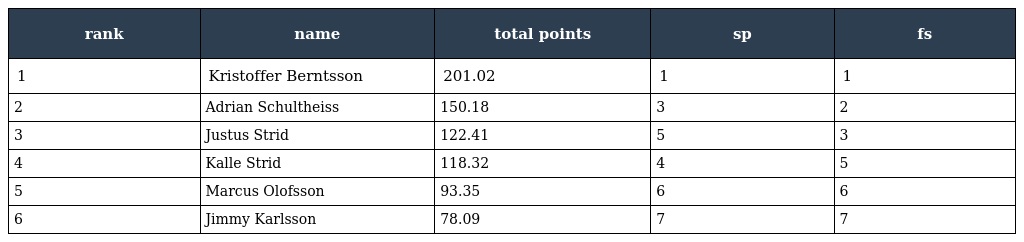
| rank | name | total points | sp | fs |
 | --- | --- | --- | --- | --- |
 | 1 | Kristoffer Berntsson | 201.02 | 1 | 1 |
 | 2 | Adrian Schultheiss | 150.18 | 3 | 2 |
 | 3 | Justus Strid | 122.41 | 5 | 3 |
 | 4 | Kalle Strid | 118.32 | 4 | 5 |
 | 5 | Marcus Olofsson | 93.35 | 6 | 6 |
 | 6 | Jimmy Karlsson | 78.09 | 7 | 7 |